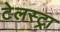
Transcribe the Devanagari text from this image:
टेलस्ट्रा